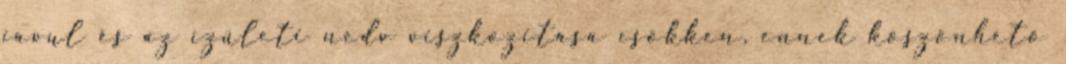
javul és az ízületi nedv viszkozitása csökken, ennek köszönhető